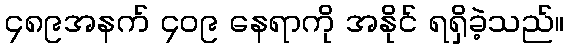
၄၈၉အနက် ၄၀၉ နေရာကို အနိုင် ရရှိခဲ့သည်။